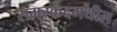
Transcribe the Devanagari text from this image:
समरकंदमधील